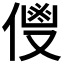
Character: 𬿌